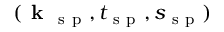
( \textbf { k } _ { \mathrm { ~ s ~ p ~ } } , t _ { \mathrm { ~ s ~ p ~ } } , s _ { \mathrm { ~ s ~ p ~ } } )